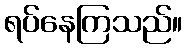
ရပ်နေကြသည်။